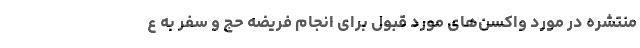
منتشره در مورد واکسن‌های مورد قبول برای انجام فریضه حج و سفر به ع